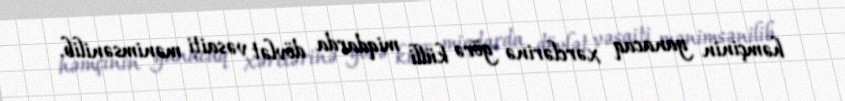
həmçinin yanacaq xərclərinə görə külli miqdarda dövlət vəsaiti mənimsənilib.